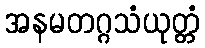
အနမတဂ္ဂသံယုတ္တံ